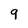
Character: q